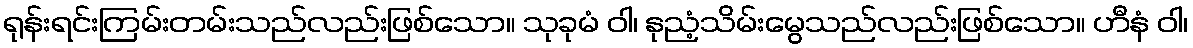
ရုန်းရင်းကြမ်းတမ်းသည်လည်းဖြစ်သော။ သုခုမံ ဝါ၊ နုညံ့သိမ်းမွေသည်လည်းဖြစ်သော။ ဟီနံ ဝါ၊